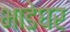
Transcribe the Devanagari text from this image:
भाडेघर